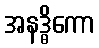
အနဒ္ဓိကော